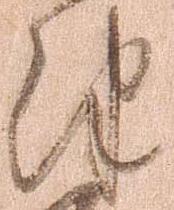
津